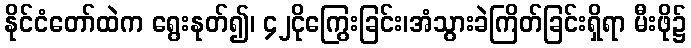
နိုင်ငံတော်ထဲက ရွေးနုတ်၍၊ ၄၂ငိုကြွေးခြင်း၊အံသွားခဲကြိတ်ခြင်းရှိရာ မီးဖို၌